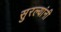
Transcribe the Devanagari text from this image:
सुरल्यांनी